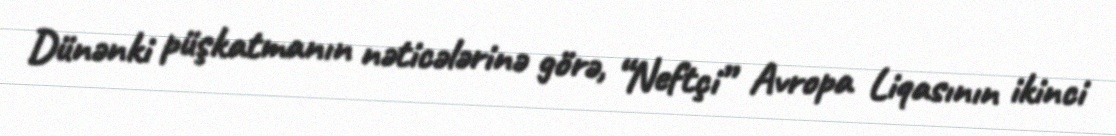
Dünənki püşkatmanın nəticələrinə görə, “Neftçi” Avropa Liqasının ikinci